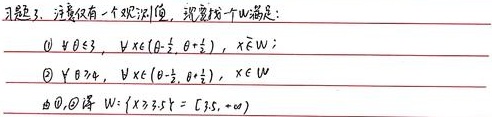
习题5. 注意仅有一个观测值，现找一个\(W\)满足：
\begin{enumerate}
    \item \(\forall\theta\leqslant3\)，\(\forall x\in(\theta - \frac{1}{2},\theta+\frac{1}{2})\)，\(x\notin W\)；
    \item \(\forall\theta\geqslant4\)，\(\forall x\in(\theta - \frac{1}{2},\theta+\frac{1}{2})\)，\(x\in W\)
\end{enumerate}
由\textcircled{1}、\textcircled{2}得\(W = \{x\mid x\geqslant3.5\}=[3.5,+\infty)\)